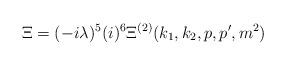
LaTeX: \begin{align*}\Xi =(-i\lambda )^{5}(i)^{6}\Xi ^{(2)}(k_{1},k_{2},p,p^{\prime },m^{2})\end{align*}